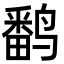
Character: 𬸪